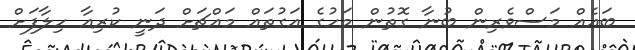
ބައެއް މަސްވެރިން ބުނާ ގޮތުން މަހުގެ އަގުތައް މައްޗަށް ދަނީ ކުރިއާ ހިލާފަށް